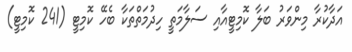
އަދާކުރާ މިންވަރު ބަލާ ކޮމިޓީއާއި ސަލާމަތީ ހިދުމަތްތަކާ ބެހޭ ކޮމިޓީ (241 ކޮމިޓީ)